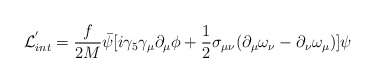
\begin{align*}{\cal L}_{int}^{'} = \frac{f}{2M} \bar{\psi} [i \gamma_{5} \gamma_{\mu} \partial_{\mu} \phi + \frac{1}{2} \sigma_{\mu \nu} (\partial_{\mu} \omega_{\nu}- \partial_{\nu} \omega_{\mu})] \psi \end{align*}